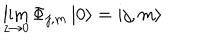
\lim _ { z \rightarrow 0 } \Phi _ { j , m } \left| 0 \right\rangle = \left| j , m \right\rangle